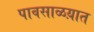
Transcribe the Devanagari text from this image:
पावसाळय़ात